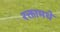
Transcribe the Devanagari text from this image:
रक्तामधे